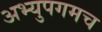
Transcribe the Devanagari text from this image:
अभ्युपगमच